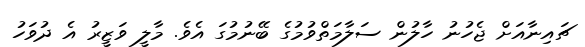
ޗައިނާއަށް ޖެހުނު ހާލުން ސަލާމަތްވުމުގެ ބޭނުމުގަ އެވެ. މާލީ ވަޒީރު އެ ދުވަހު